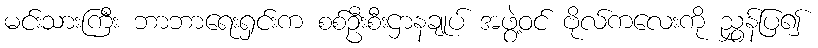
မင်းသားကြီး ဘာဘာရေးရှင်းက စစ်ဦးစီးဌာနချုပ် အဖွဲ့ဝင် ဗိုလ်ကလေးကို ညွှန်ပြ၍